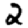
Digit: 2